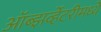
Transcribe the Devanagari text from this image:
ऑब्झर्व्हेटरीमध्ये